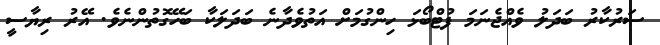
ސަރުކާރު ބަދަލު ވެއްޖެނަމަ ފުޓްބޯޅަ ހިންގުމަށް އަތުވެދާނެ ބަދަލަކާ ބަހޭގޮތުންނެވެ. އޭރު ރިޔާސީ